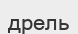
дрель